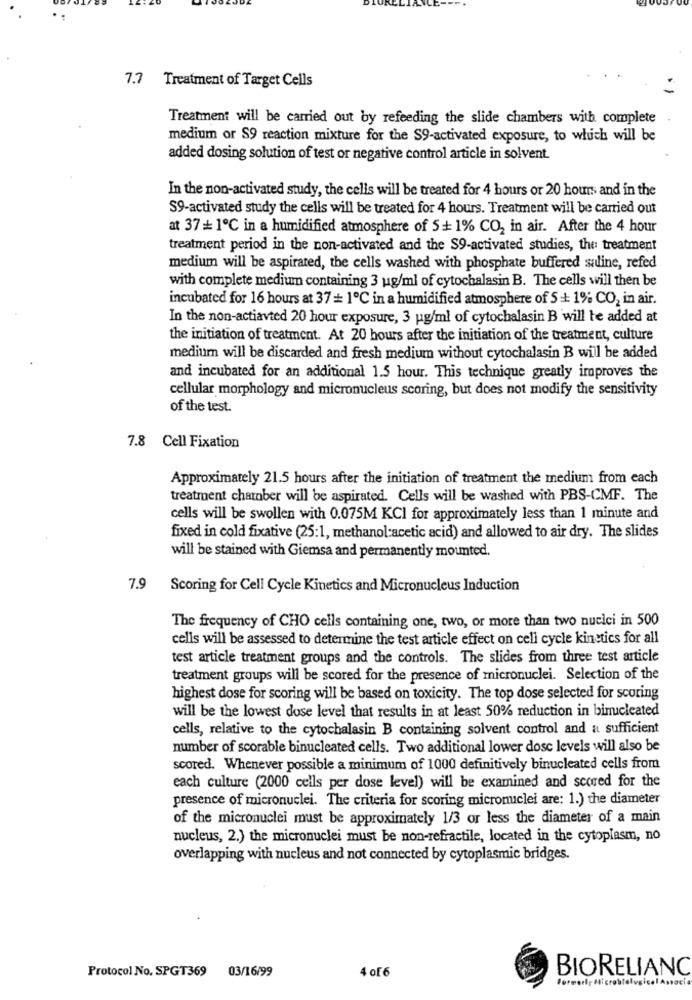
7.7 Treatment of Target Cells
Treatment will be carried out by refeeding the slide chambers with complete
medium or S9 reaction mixture for the S9-activated exposure, to which will be
added dosing solution of test or negative control article in solvent.
In the non-activated study, the cells will be treated for 4 hours or 20 hours and in the
S9-activated study the cells will be treated for 4 hours. Treatment will be carried out
at 37 + 1℃ in a humidified atmosphere of 5+ 1% CO2 in air. After the 4 hour
treatment period in the non-activated and the $9-activated studies, the treatment
medium will be aspirated, the cells washed with phosphate buffered suline, refed
with complete medium containing 3 ug/ml of cytochalasin B. The cells will then be
incubated for 16 hours at 37 = 1℃ in a humidified atmosphere of 5 + 1% CO2 in air.
In the non-actiavted 20 hour exposure, 3 ug/ml of cytochalasin B will be added at
the initiation of treatment. At 20 hours after the initiation of the treatment, culture
medium will be discarded and fresh medium without cytochalasin B will be added
and incubated for an additional 1.5 hour. This technique greatly iroproves the
cellular morphology and micronucleus scoring, but does not modify the sensitivity
of the test.
7.8 Cell Fixation
Approximately 21.5 hours after the initiation of treatment the medium from each
treatment chamber will be aspirated. Cells will be washed with PBS-CMF. The
cells will be swollen with 0.075M KCI for approximately less than 1 minute and
fixed in cold fixative (25:1, methanol:acetic acid) and allowed to air dry. The slides
will be stained with Giemsa and permanently mounted.
7.9
Scoring for Cell Cycle Kinetics and Micronucleus Induction
The frequency of CHO cells containing one, two, or more than two nucici in 500
cells will be assessed to determine the test article effect on cell cycle kinetics for all
test article treatment groups and the controls. The slides from three test article
treatment groups will be scored for the presence of micronuclei. Selection of the
highest dose for scoring will be based on toxicity. The top dose selected for scoring
will be the lowest dose level that results in at least 50% reduction in binucleated
cells, relative to the cytochalasin B containing solvent control and a sufficient
number of scorable binucleated cells. Two additional lower dosc levels will also be
scored. Whenever possible a minimum of 1000 definitively binucleated cells from
each culture (2000 cells per dose level) will be examined and scored for the
presence of micronuclei. The criteria for scoring micronuclei are: 1.) the diameter
of the micronuclei must be approximately 1/3 or less the diameter of a main
nucleus, 2.) the micronuclei must be non-refractile, located in the cytoplasm, no
overlapping with nucleus and not connected by cytoplasmic bridges.
4 of 6
BIORELIANC
Protocol No. SPGT369 03/16/99
Formerly Microblological Associa